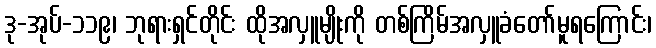
ဒု-အုပ်-၁၁၉၊ ဘုရားရှင်တိုင်း ထိုအလှူမျိုးကို တစ်ကြိမ်အလှူခံတော်မူရကြောင်း၊